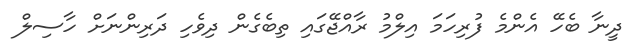
ދީނާ ބެހޭ އެންމެ ފުރިހަމަ އިލްމު ރާއްޖޭގައި ތިބެގެން ދިވެހި ދަރިންނަށް ހާސިލް